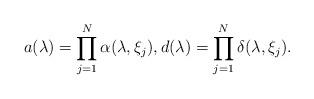
LaTeX: \begin{align*}a(\lambda) = \prod_{j=1}^N \alpha(\lambda,\xi_j), d(\lambda) = \prod_{j=1}^N \delta(\lambda,\xi_j).\end{align*}